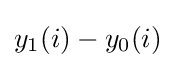
y_{1}(i)-y_{0}(i)